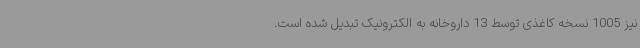
نیز 1005 نسخه کاغذی توسط 13 داروخانه به الکترونیک تبدیل شده است.